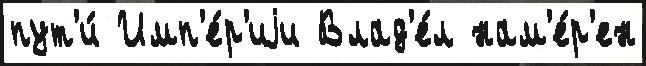
пут'и́ Имп'е́р'иjи Влад'е́л нам'е́р'ен